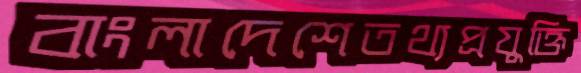
বাংলাদেশেতথ্যপ্রযুক্তি